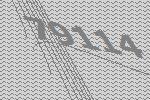
79114